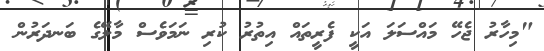
"މިހާރު ޖެހޭ މައްސަލަ އަކީ ފެރީތައް އިތުރު ކުރި ނަމަވެސް މާލޭގެ ބަނދަރުން